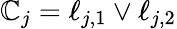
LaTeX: \mathbb{C}_{j}=\ell_{j,1}\vee\ell_{j,2}